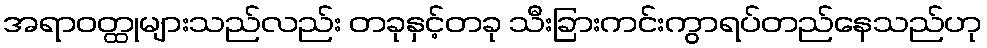
အရာဝတ္ထုများသည်လည်း တခုနှင့်တခု သီးခြားကင်းကွာရပ်တည်နေသည်ဟု